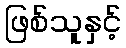
ဖြစ်သူနှင့်